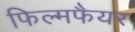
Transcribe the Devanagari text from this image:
फिल्मफैयर